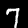
Digit: 7